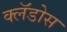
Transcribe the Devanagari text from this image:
क्लॅडोस